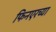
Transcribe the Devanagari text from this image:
फिनएरच्या